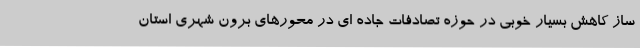
ساز کاهش بسیار خوبی در حوزه تصادفات جاده ای در محورهای برون شهری استان